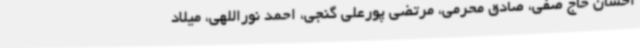
احسان حاج صفی، صادق محرمی، مرتضی پورعلی گنجی، احمد نوراللهی، میلاد